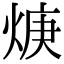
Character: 焿